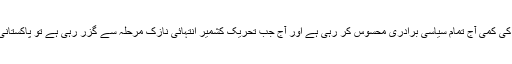
سردار خالد ابراہیم خان کی کمی بلاشبہ اُن کے کارکن ہی محسوس نہیں کررہے بلکہ اس قومی رہنماء کی کمی آج تمام سیاسی برادری محسوس کر رہی ہے اور آج جب تحریک کشمیر انتہائی نازک مرحلہ سے گزر رہی ہے تو پاکستانی حکمرانوں سمیت دنیا بھر میں قوم کی ترجمانی کرنے والی موثر آواز کہیں بھی سنائی نہیں دے رہی۔